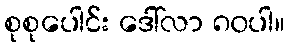
စုစုပေါင်း ဒေါ်လာ ၈၀ပါ။